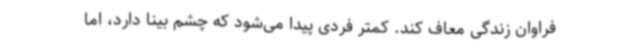
فراوان زندگی معاف کند. کمتر فردی پیدا می‌شود که چشم بینا دارد، اما